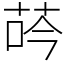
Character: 荶